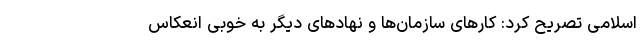
اسلامی تصریح کرد: کارهای سازمان‌ها و نهادهای دیگر به خوبی انعکاس